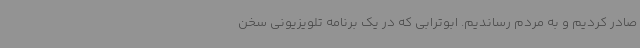
صادر کردیم و به مردم رساندیم. ابوترابی که در یک برنامه تلویزیونی سخن